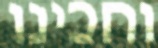
וחכינו